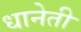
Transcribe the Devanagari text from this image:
धानेती